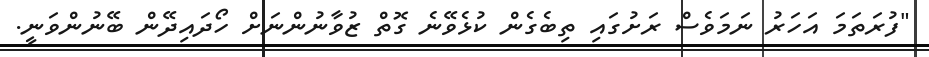
"ފުރަތަމަ އަހަރު ނަމަވެސް ރަށުގައި ތިބެގެން ކުޅެވޭނެ ގޮތް ޒުވާނުންނަށް ހޯދައިދޭން ބޭނުންވަނީ.